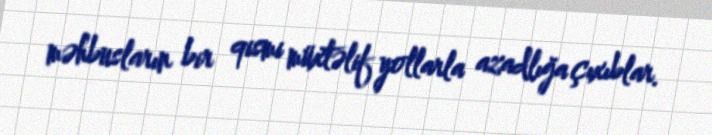
məhbusların bir qismi müxtəlif yollarla azadlığa çıxıblar.